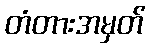
တံတားအမှတ်